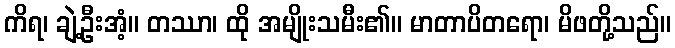
ကိရ၊ ချဲ့ဦးအံ့။ တဿာ၊ ထို အမျိုးသမီး၏။ မာတာပိတရော၊ မိဖတို့သည်။